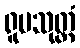
ရူပသုတ္တံ